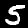
Label: 5